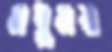
মধুময়